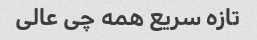
تازه سریع همه چی عالی